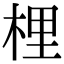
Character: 梩